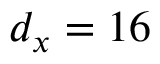
d _ { x } = 1 6